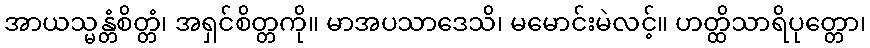
အာယသ္မန္တံစိတ္တံ၊ အရှင်စိတ္တကို။ မာအပသာဒေသိ၊ မမောင်းမဲလင့်။ ဟတ္ထိသာရိပုတ္တော၊